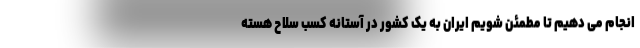
انجام می دهیم تا مطمئن شویم ایران به یک کشور در آستانه کسب سلاح هسته